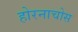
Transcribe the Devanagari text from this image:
होरनाचोस